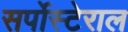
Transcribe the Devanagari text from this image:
सर्पोस्टेराल